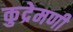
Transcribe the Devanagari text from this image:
कुद्रेमणी